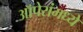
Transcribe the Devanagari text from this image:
ऑपेरांमध्ये